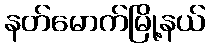
နတ်မောက်မြို့နယ်